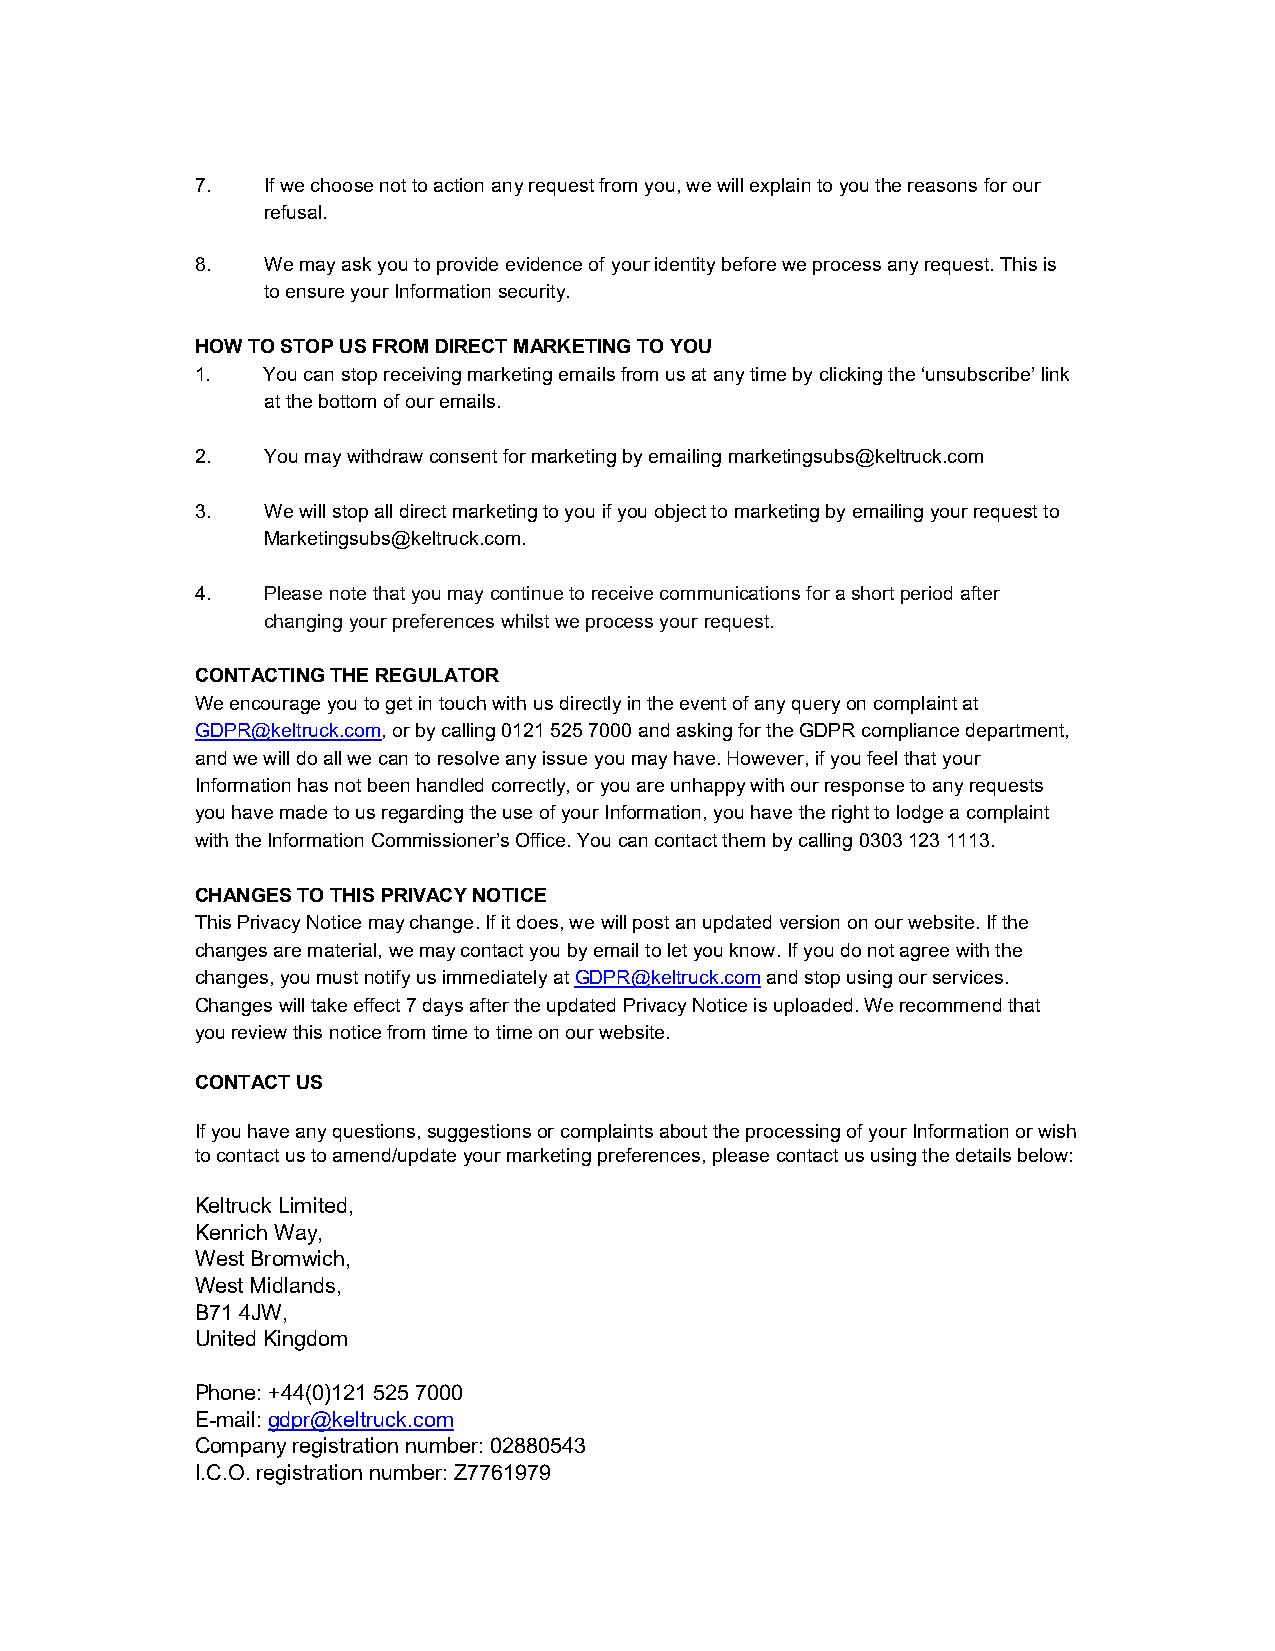
7.  If we choose not to action any request from you, we will explain to you the reasons for our
 refusal.
 8.  We may ask you to provide evidence of your identity before we process any request. This is
 to ensure your Information security.
 HOW TO STOP US FROM DIRECT MARKETING TO YOU
 1.  You can stop receiving marketing emails from us at any time by clicking the ‘unsubscribe’ link
 at the bottom of our emails.
 2.  You may withdraw consent for marketing by emailing marketingsubs@keltruck.com
 3.  We will stop all direct marketing to you if you object to marketing by emailing your request to
 Marketingsubs@keltruck.com.
 4.  Please note that you may continue to receive communications for a short period after
 changing your preferences whilst we process your request.
 CONTACTING THE REGULATOR
 We encourage you to get in touch with us directly in the event of any query on complaint at
 GDPR@keltruck.com, or by calling 0121 525 7000 and asking for the GDPR compliance department,
 and we will do all we can to resolve any issue you may have. However, if you feel that your
 Information has not been handled correctly, or you are unhappy with our response to any requests
 you have made to us regarding the use of your Information, you have the right to lodge a complaint
 with the Information Commissioner’s Office. You can contact them by calling 0303 123 1113.
 CHANGES TO THIS PRIVACY NOTICE
 This Privacy Notice may change. If it does, we will post an updated version on our website. If the
 changes are material, we may contact you by email to let you know. If you do not agree with the
 changes, you must notify us immediately at GDPR@keltruck.com and stop using our services.
 Changes will take effect 7 days after the updated Privacy Notice is uploaded. We recommend that
 you review this notice from time to time on our website.
 CONTACT US
 If you have any questions, suggestions or complaints about the processing of your Information or wish
 to contact us to amend/update your marketing preferences, please contact us using the details below:
 Keltruck Limited,
 Kenrich Way,
 West Bromwich,
 West Midlands,
 B71 4JW,
 United Kingdom
 Phone: +44(0)121 525 7000
 E-mail: gdpr@keltruck.com
 Company registration number: 02880543
 I.C.O. registration number: Z7761979